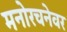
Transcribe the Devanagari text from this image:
मनोरचनेवर